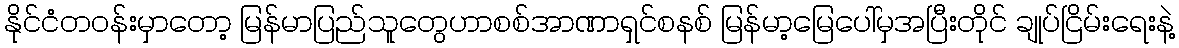
နိုင်ငံတဝန်းမှာတော့ မြန်မာပြည်သူတွေဟာစစ်အာဏာရှင်စနစ် မြန်မာ့မြေပေါ်မှအပြီးတိုင် ချုပ်ငြိမ်းရေးနဲ့